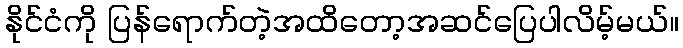
နိုင်ငံကို ပြန်ရောက်တဲ့အထိတော့အဆင်ပြေပါလိမ့်မယ်။